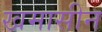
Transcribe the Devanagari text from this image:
खमासीन